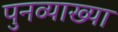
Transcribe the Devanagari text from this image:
पुनव्याख्या